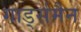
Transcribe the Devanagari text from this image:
गार्ड्समैन